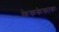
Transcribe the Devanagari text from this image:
केककेकाकः